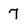
Character: 7